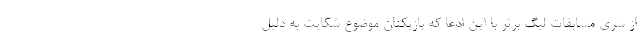
از سری مسابقات لیگ برتر با این ادعا که بازیکنان موضوع شکایت به دلیل